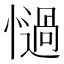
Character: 𢣄